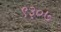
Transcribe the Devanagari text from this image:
९३०७